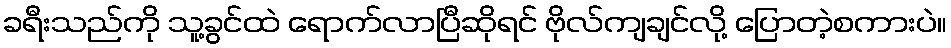
ခရီးသည်ကို သူ့ခွင်ထဲ ရောက်လာပြီဆိုရင် ဗိုလ်ကျချင်လို့ ပြောတဲ့စကားပဲ။